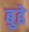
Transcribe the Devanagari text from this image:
बुढे